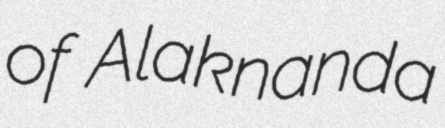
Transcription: of Alaknanda